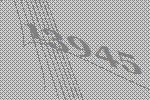
13945